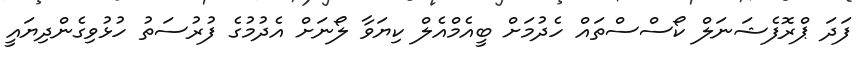
ފަދަ ޕްރޮފެޝަނަލް ކޯސްސްތައް ހެދުމަށް ބީއެމްއެލް ކިޔަވާ ލޯނަށް އެދުމުގެ ފުރުސަތު ހުޅުވިގެންދިޔައީ